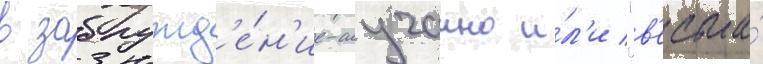
в заблужд'е́н'ие-случаино и́л'и "в'есьма́